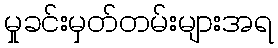
မှုခင်းမှတ်တမ်းများအရ